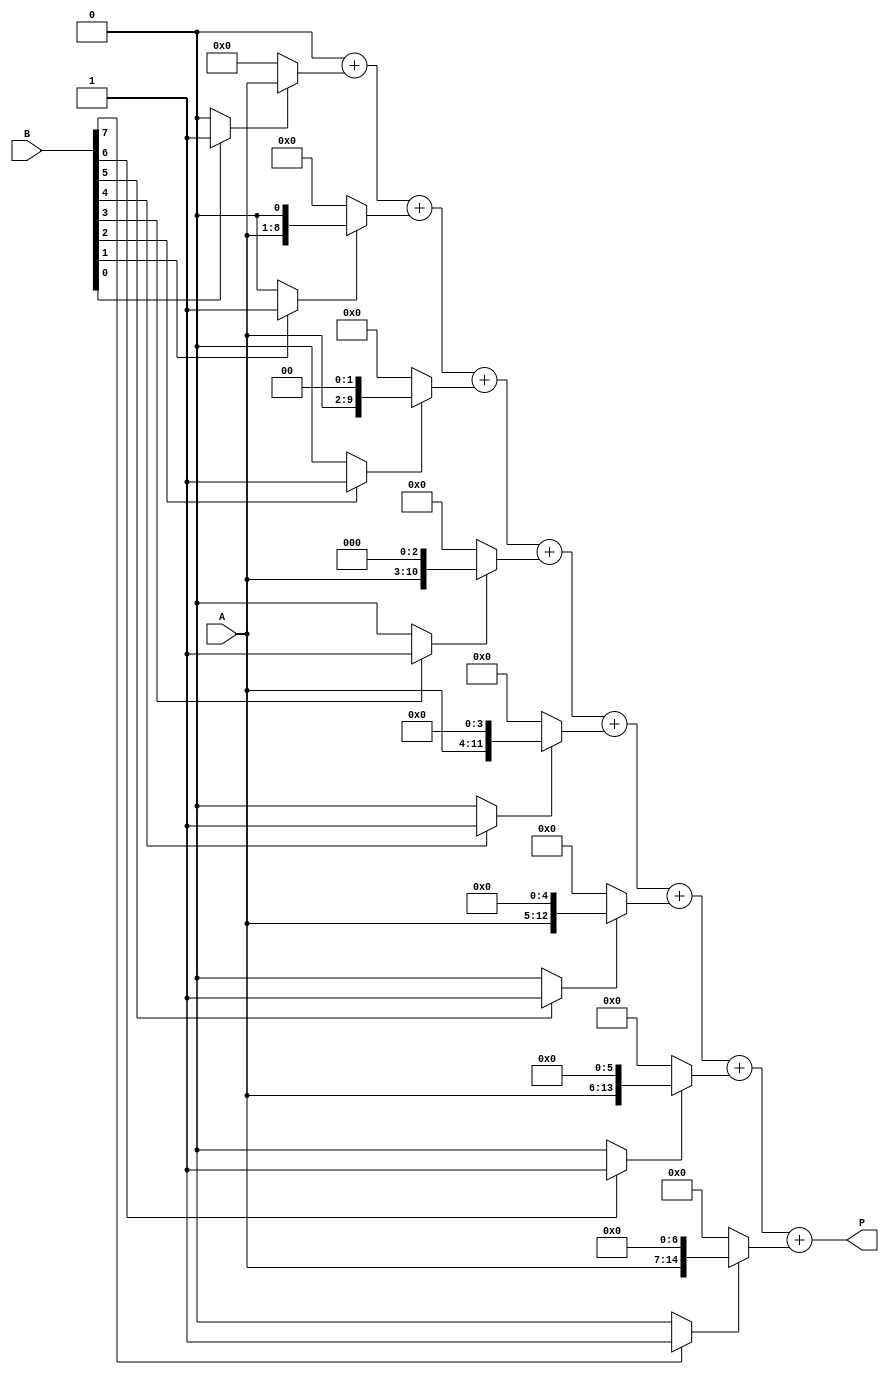
module csd_multiplier (
    input  [7:0] A, // 8-bit input A
    input  [7:0] B, // 8-bit input B
    output [15:0] P // 16-bit output product
);
    reg [15:0] partial_products [0:7]; // Array for partial products
    wire [15:0] csd_B [0:7]; // CSD representation of B
    wire [15:0] sum; // Sum of partial products
    integer i;

    // CSD Conversion Module
    function [15:0] to_csd;
        input [7:0] bin;
        reg [7:0] temp;
        integer j;
        begin
            temp = bin;
            to_csd = 16'b0;

            for (j = 0; j < 8; j = j + 1) begin
                if (temp[j]) begin
                    if (temp[j+1]) begin
                        to_csd[j] = -1; // Assign -1 for CSD
                    end else begin
                        to_csd[j] = 1; // Assign 1 for CSD
                    end
                end
            end
        end
    endfunction

    // Convert B to CSD representation
    always @(*) begin
        csd_B[0] = to_csd(B); // CSD conversion of B
    end

    // Partial Product Generation
    always @(*) begin
        partial_products[0] = (csd_B[0][0] == 1) ? A :
                              (csd_B[0][0] == -1) ? ~A + 1 :
                              16'b0; // CSD: 1 => A, -1 => -A, 0 => 0
        // Repeat for other bits of CSD
        for (i = 1; i < 8; i = i + 1) begin
            partial_products[i] = (csd_B[0][i] == 1) ? A << i :
                                  (csd_B[0][i] == -1) ? ~A << i + 1 :
                                  16'b0;
        end
    end

    // Partial Product Accumulation
    always @(*) begin
        sum = 16'b0; // Initialize sum
        for(i = 0; i < 8; i = i + 1) begin
            sum = sum + partial_products[i]; // Accumulate partial products
        end
    end

    assign P = sum; // Assign product output

endmodule